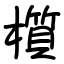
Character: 櫍